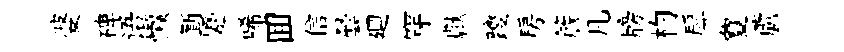
婆碑语懒斳蹙唏囬信曇廽穿獻躞房簷凡牓杓戽夐蘆